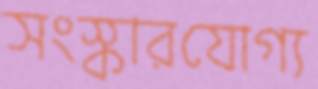
সংস্কারযোগ্য